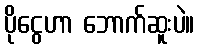
ပိုငွေဟာ ဘောက်ဆူးပဲ။